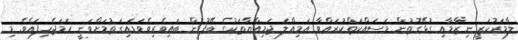
ލާމަރުކަޒީ ނިޒާމާއި ގުޅޭގޮތުން މަސައްކަތްކުރައްވާ އަމިއްލަ ޖަމިއްޔާތަކުގެ ބޭފުޅުން ބައިވެރިވެވަޑައިގަތުމަށްވަނީ ހަމަޖެހިފައެވެ. މި